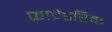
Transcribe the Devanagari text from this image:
फ़्राईडरिक